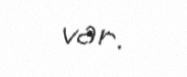
var.